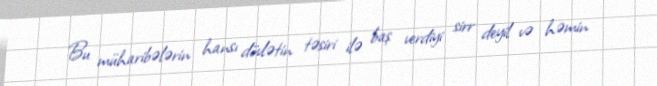
Bu müharibələrin hansı dövlətin təsiri ilə baş verdiyi sirr deyil və həmin